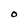
Character: O